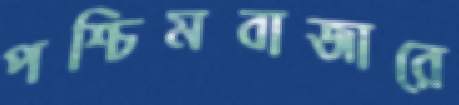
পশ্চিমবাজারে